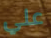
علي